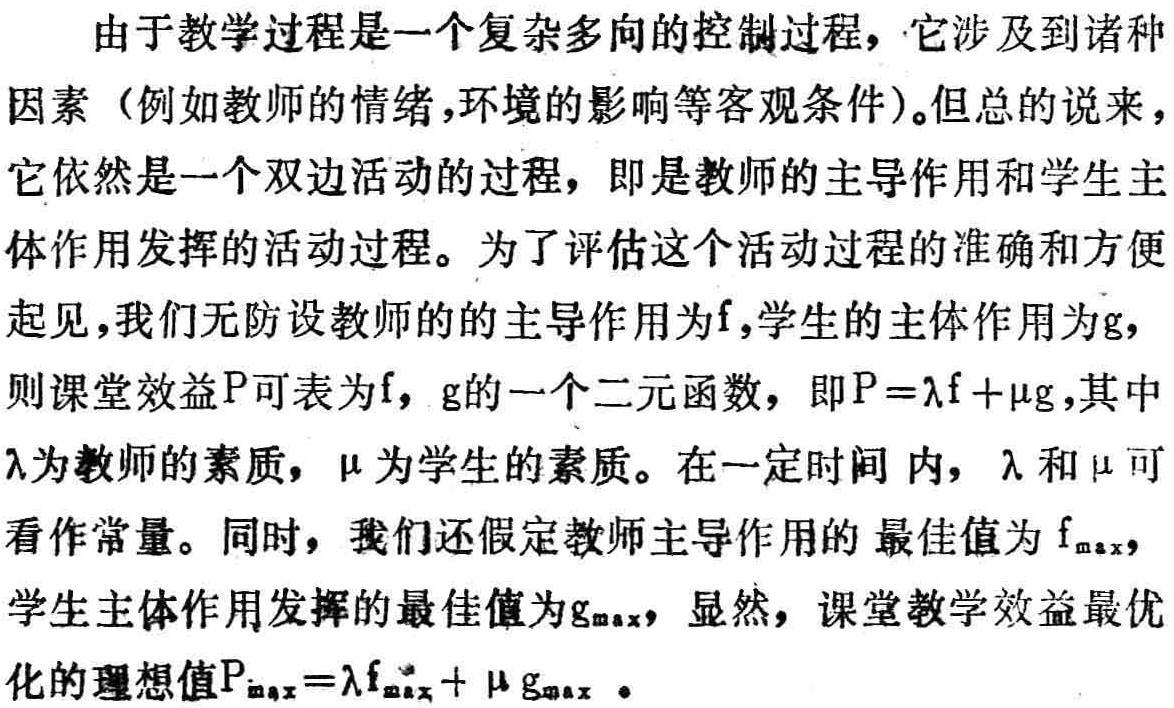
由于教学过程是一个复杂多向的控制过程，它涉及到诸种因素（例如教师的情绪,环境的影响等客观条件）。但总的说来，它依然是一个双边活动的过程，即是教师的主导作用和学生主体作用发挥的活动过程。为了评估这个活动过程的准确和方便起见，我们无防设教师的的主导作用为\(f\)，学生的主体作用为\(g\)，则课堂效益\(P\)可表为\(f\)，\(g\)的一个二元函数，即\(P = \lambda f+\mu g\)，其中\(\lambda\)为教师的素质，\(\mu\)为学生的素质。在一定时间内，\(\lambda\)和\(\mu\)可看作常量。同时，我们还假定教师主导作用的最佳值为\(f_{\max}\)，学生主体作用发挥的最佳值为\(g_{\max}\)，显然，课堂教学效益最优化的理想值\(P_{\max}=\lambda f_{\max}+\mu g_{\max}\)。